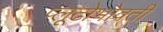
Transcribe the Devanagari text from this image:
प्लूटोभोवती